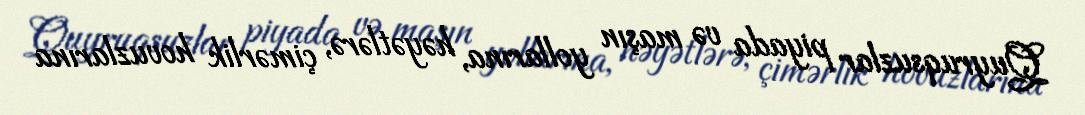
Quyruqsuzlar piyada və maşın yollarına, həyətlərə, çimərlik hovuzlarına